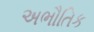
અભૌતિક